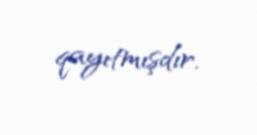
qayıtmışdır.